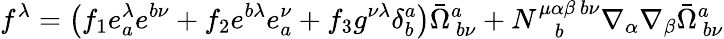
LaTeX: f^{\lambda}=\left(f_{1}e_{a}^{\lambda}e^{b\nu}+f_{2}e^{b\lambda}e_{a}^{\nu}+f_{3}g^{\nu\lambda}\delta_{b}^{a}\right)\bar{\Omega}_{~b\nu}^{a}+N_{~~~~b}^{\mu\alpha\beta~b\nu}\nabla_{\alpha}\nabla_{\beta}\bar{\Omega}_{~b\nu}^{a}